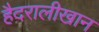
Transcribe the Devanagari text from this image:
हैदरालीखान